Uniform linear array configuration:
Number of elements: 16
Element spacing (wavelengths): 0.5
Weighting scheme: uniform
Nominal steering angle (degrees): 30
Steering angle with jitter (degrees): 28.746
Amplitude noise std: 0.05
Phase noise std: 0.05

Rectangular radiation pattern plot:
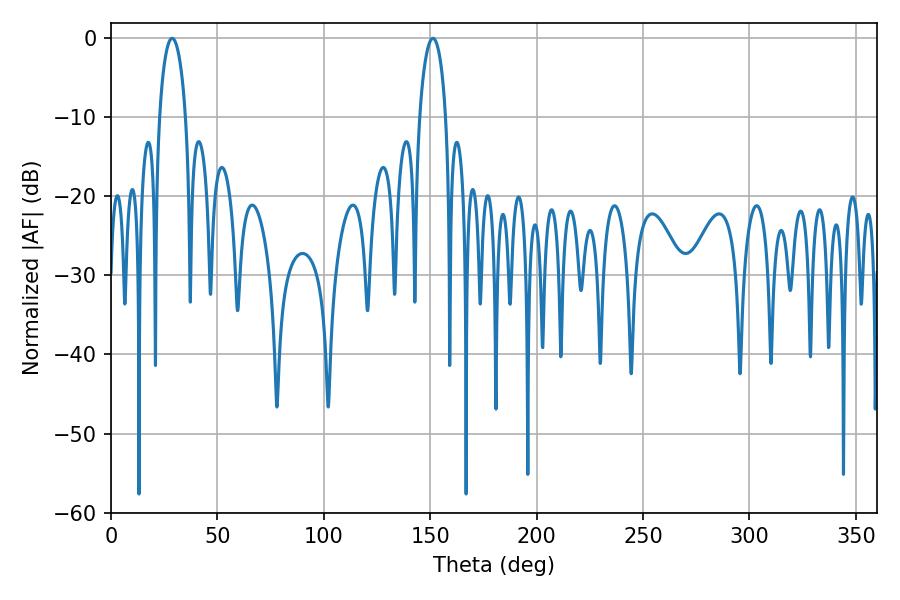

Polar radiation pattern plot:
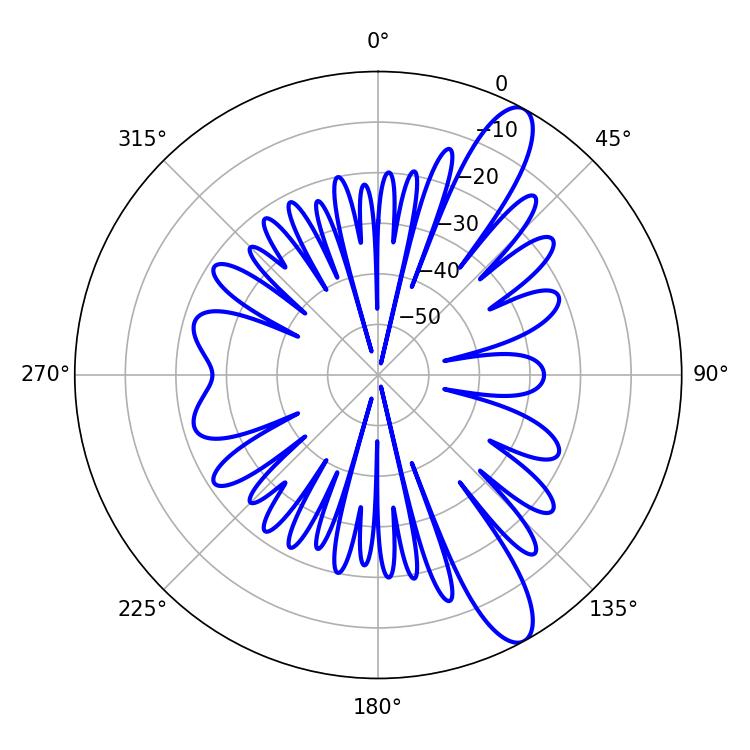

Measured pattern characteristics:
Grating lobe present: FALSE
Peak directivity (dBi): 11.807
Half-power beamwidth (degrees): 7.2
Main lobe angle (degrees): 28.8